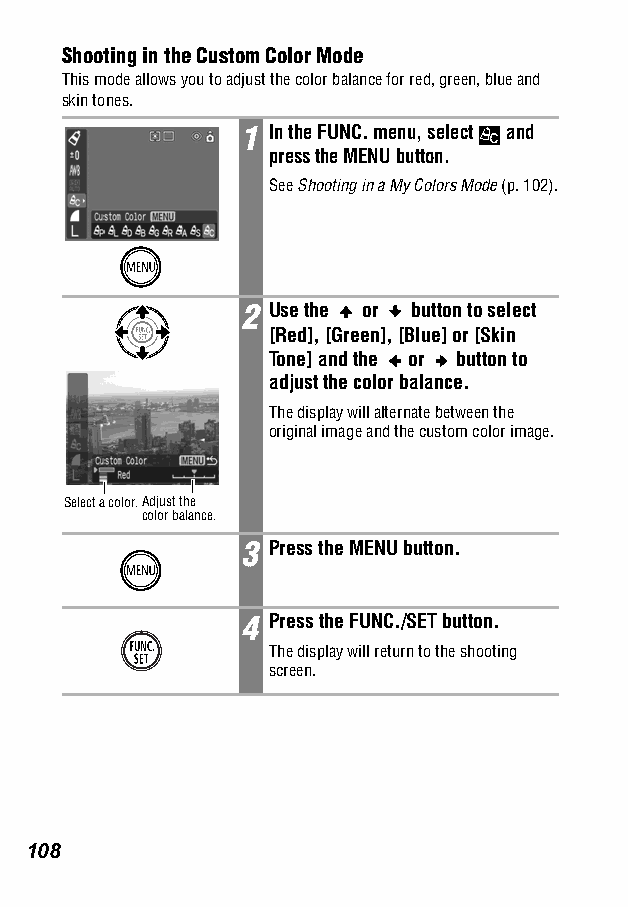
Shooting in the Custom Color Mode
 This mode allows you to adjust the color balance for red, green, blue and
 skin tones.
 1 In the FUNC. menu, select and
 press the MENU button.
 SeeShooting in a My Colors Mode (p. 102).
 2 Use the or button to select
 [Red], [Green], [Blue] or [Skin
 Tone] and the or button to
 adjust the color balance.
 The display will alternate between the
 original image and the custom color image.
 Select a color.Adjust the
 color balance.
 3 Press the MENU button.
 4 Press the FUNC./SET button.
 The display will return to the shooting
 screen.
 108